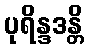
ပုရိန္ဒဒန္တိ